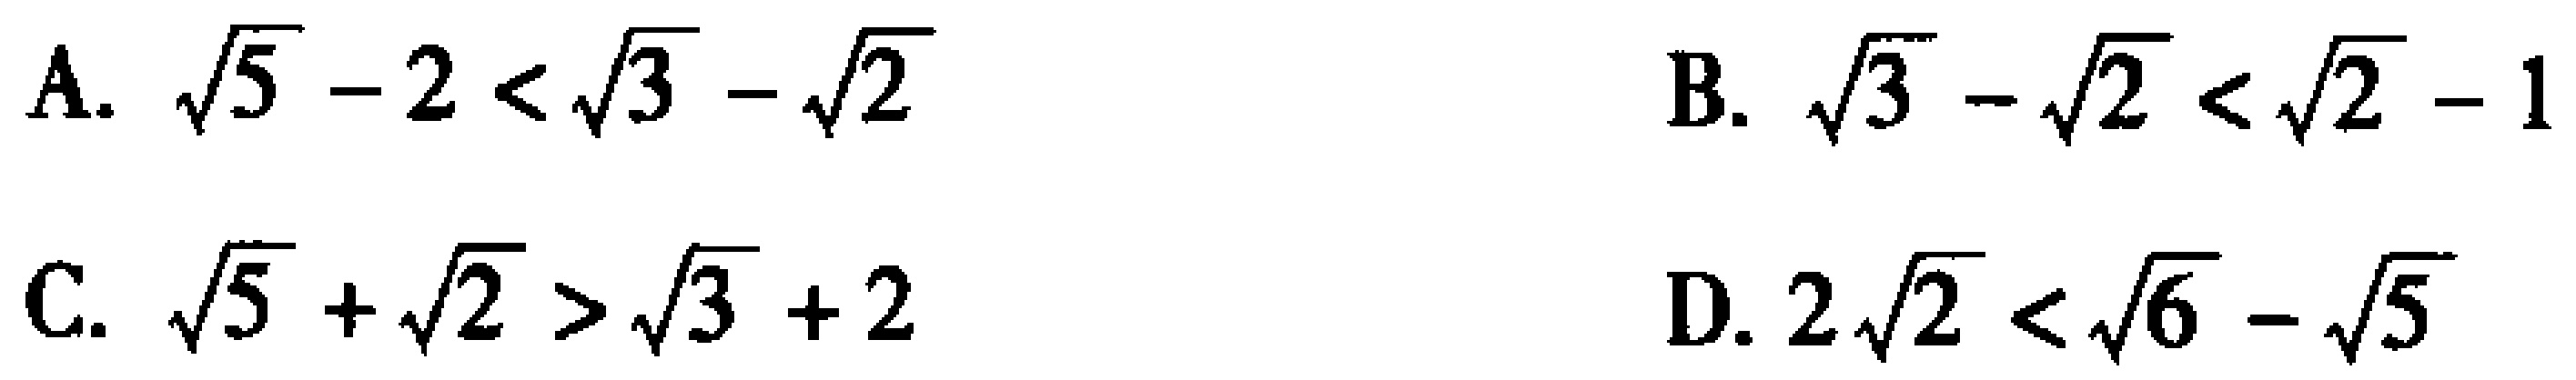
A. \(\sqrt{5}-2<\sqrt{3}-\sqrt{2}\)

B. \(\sqrt{3}-\sqrt{2}<\sqrt{2}-1\)

C. \(\sqrt{5}+\sqrt{2}>\sqrt{3}+2\)

D. \(2\sqrt{2}<\sqrt{6}-\sqrt{5}\)